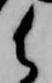
御